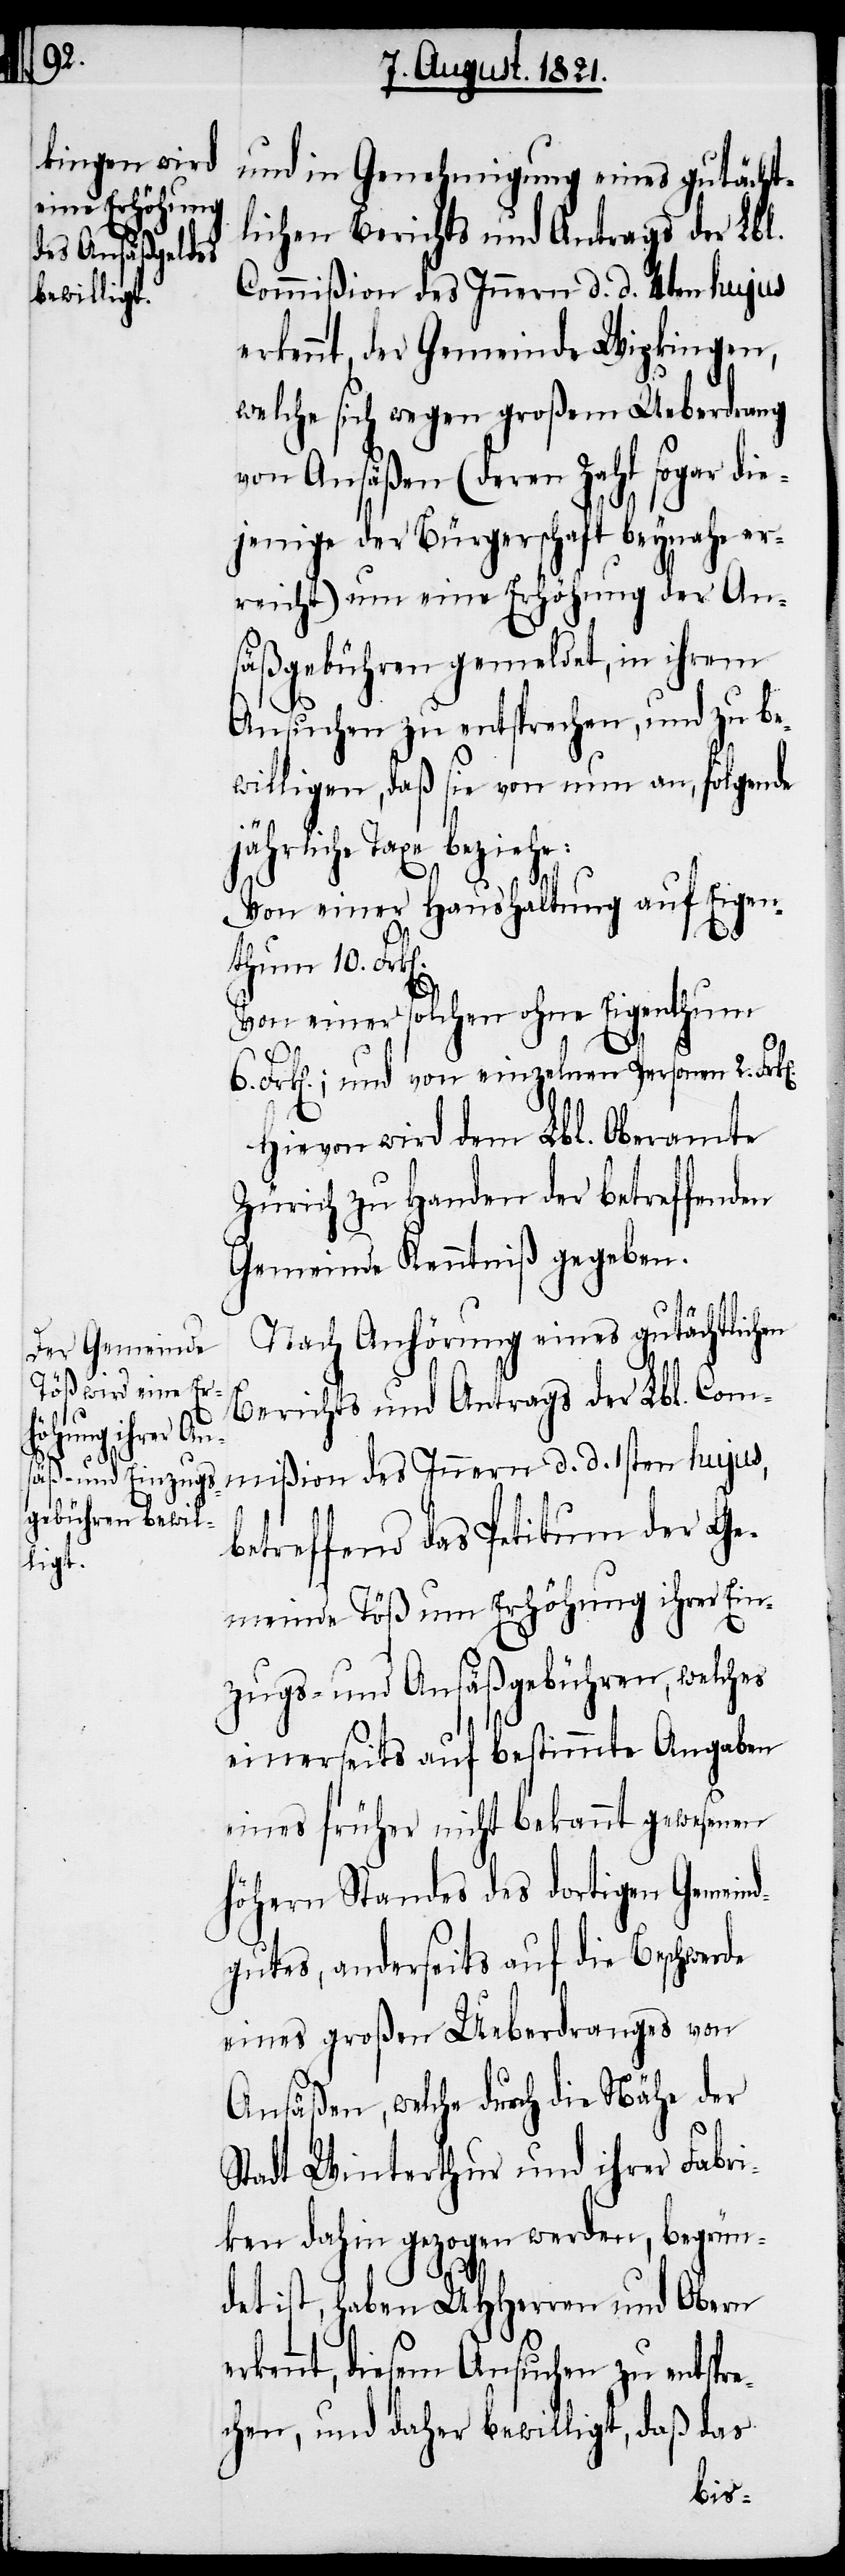
entspre¬

n].
en

und in Genehmigung eines gutächt¬
lichen Berichts und Antrags der Lbl.
Commißion des Innern d. d. 4ten hujus
ennt, der Gemeinde Wipkingen,
welche sich wegen großem Ueberdrang
von Ansäßen (deren Zahl sogar die¬
jenige der Bürgerschaft beynahe er¬
reicht) um eine Erhöhung der An¬
säßgebühren gemeldet, in ihrem
Ansuchen zu entsprechen, und zu be¬
willigen, daß sie von nun an, folgende
jährliche Taxe beziehe:
Von einer Haushaltung auf Eigen¬
thum 10. Frk[e¬
Von einer solchen ohne Eigenthum
Frk[en].; und von einzelnen Personen 2.
Hievon wird dem Lbl. Oberamte
Zürich zu Handen der betreffenden
Gemeinde Kenntniß gegeben.
Nach Anhörung eines gutächtlich¬
Berichts und Antrags der Lbl. Com¬
mißion des Innern d. d. 1sten hujus,
betreffend das Petitum der Ge¬
meinde Töß um Erhöhung ihrer Ein¬
zugs- und Ansäßgebühren, welches
einerseits auf bestimmte Angaben
eines früher nicht bekannt gewesenen
höhern Standes des dortigen Gemeind¬
gutes, anderseits auf die Beschwerde
eines großen Ueberdranges von
Ansäßen, welche durch die Nähe der
Stadt Winterthur und ihrer Fabri¬
ken dahin gezogen werden, begrün¬
det ist, haben UHHerren und Obern
chen, und daher bewilligt, daß das